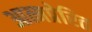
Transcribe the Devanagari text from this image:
आत्मप्रेरित